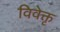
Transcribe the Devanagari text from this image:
विवेक्तृ